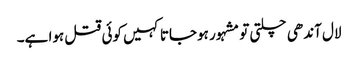
لال آندھی چلتی تو مشہور ہوجاتا کہیں کوئی قتل ہوا ہے۔